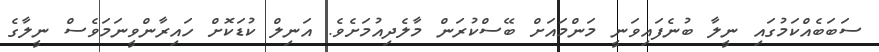
ސަބަބެއްކަމުގައި ނީލާ ބުނެފައިވަނީ މަންމައަށް ބޭސްކުރަން މާލެދިއުމަށެވެ. އަނިލް ކުޑަކޮށް ހައިރާންވީނަމަވެސް ނީލާގެ